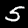
Digit: 5